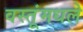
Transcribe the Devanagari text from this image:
वस्तूंमधले